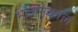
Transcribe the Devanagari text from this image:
भोजनकाल